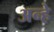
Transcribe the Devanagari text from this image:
अन्हे